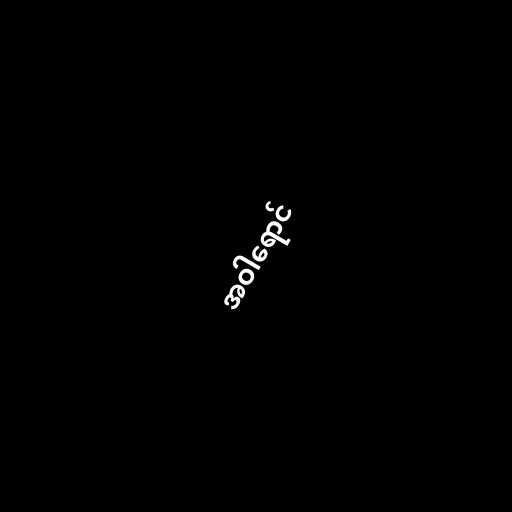
အဝါရောင်